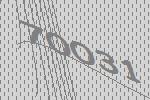
70031